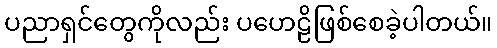
ပညာရှင်တွေကိုလည်း ပဟေဠိဖြစ်စေခဲ့ပါတယ်။